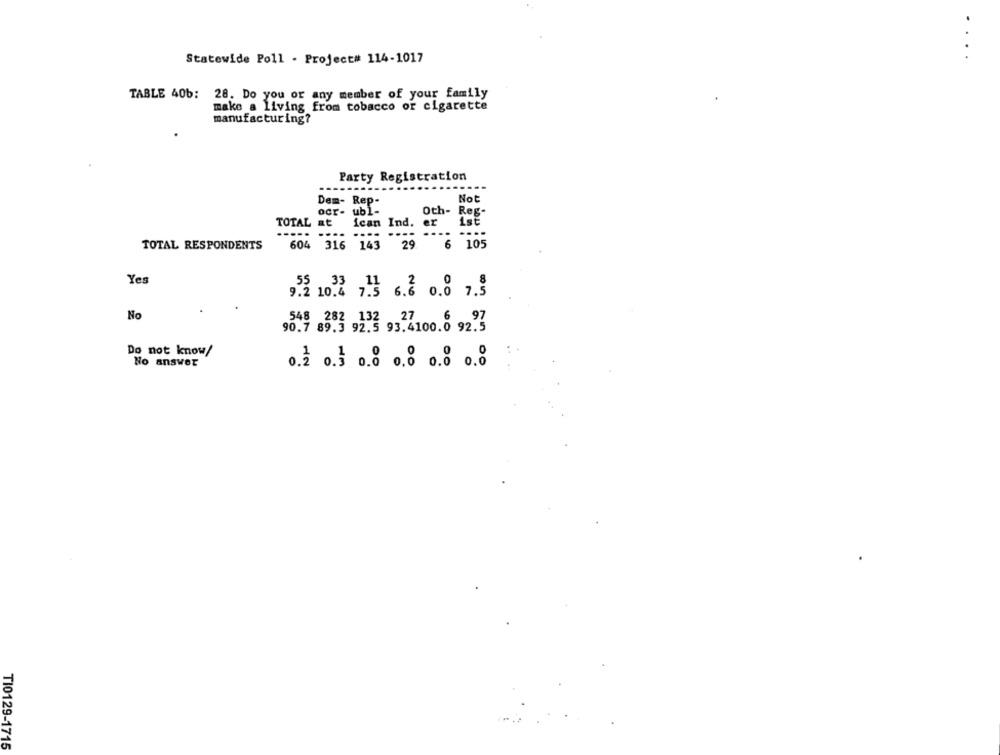
Statewide Poll - Project# 114-1017
....
TABLE 40b: 28. Do you or any member of your family
make a living from tobacco or cigarette
manufacturing?
Party Registration
-----
----
Dem- Rep-
Not
ocr- ubl-
Oth-
TOTAL Et
ican Ind.
er ist
....
....
TOTAL RESPONDENTS
604 316 143
6 105
Yes
953 1022 73 6.2 0.8 7.3
No
548 282 132 27
90.7 89.3 92.5 93.4100.0 92.
Do not know/
No answer
o.2 0.3 0.0 0.0 0.8 0.8
TI0129-1715